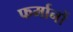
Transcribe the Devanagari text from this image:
फर्मानों